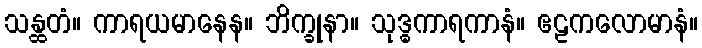
သန္ထတံ။ ကာရယမာနေန။ ဘိက္ခုနာ။ သုဒ္ဓကာရကာနံ။ ဧဠကလောမာနံ။